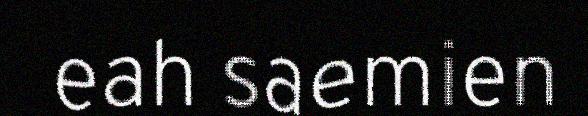
eah saemien